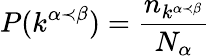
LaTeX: \displaystyle P(k^{\alpha\prec\beta})=\frac{n_{k^{\alpha\prec\beta}}}{N_{\alpha}}